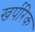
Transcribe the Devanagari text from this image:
खर्परिक